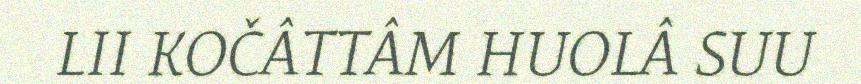
LII KOČÂTTÂM HUOLÂ SUU